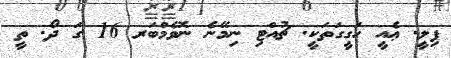
ފިލީ. ޢެއީ ހަގީގަތަކީ. ޗުއްޓި ނިމޭނެ ނޮވެމްބަރ 16 ގަ ދޯ. ތީ